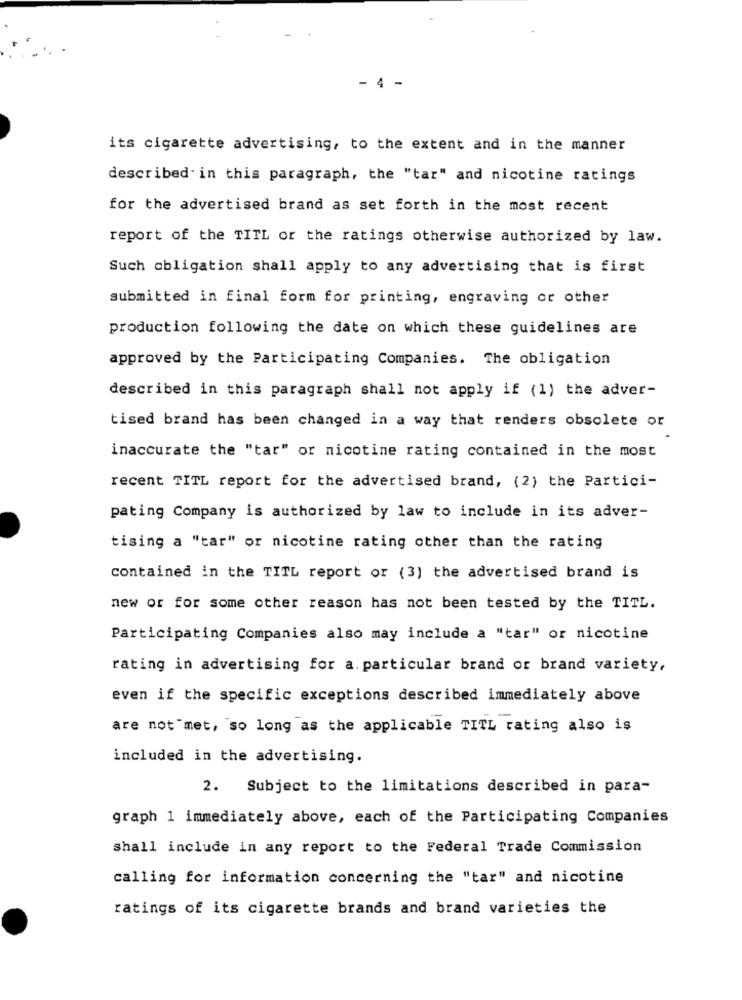
- 4 -
its cigarette advertising, to the extent and in the manner
described in this paragraph, the "tar" and nicotine ratings
for the advertised brand as set forth in the most recent
report of the TITL or the ratings otherwise authorized by law.
Such obligation shall apply to any advertising that is first
submitted in final form for printing, engraving or other
production following the date on which these guidelines are
approved by the Participating Companies. The obligation
described in this paragraph shall not apply if (1) the adver-
tised brand has been changed in a way that renders obsolete or
inaccurate the "tar" or nicotine rating contained in the most
recent TITL report for the advertised brand, (2) the Partici-
pating Company is authorized by law to include in its adver-
tising a "tar" or nicotine rating other than the rating
contained in the TITL report or (3) the advertised brand is
new or for some other reason has not been tested by the TITL.
Participating Companies also may include a "tar" or nicotine
rating in advertising for a. particular brand or brand variety,
even if the specific exceptions described immediately above
are not "met, so long as the applicable TITL rating also is
included in the advertising.
2. Subject to the limitations described in para-
graph 1 immediately above, each of the Participating Companies
shall include in any report to the Federal Trade Commission
calling for information concerning the "tar" and nicotine
ratings of its cigarette brands and brand varieties the